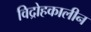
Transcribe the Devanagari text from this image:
विद्रोहकालीन